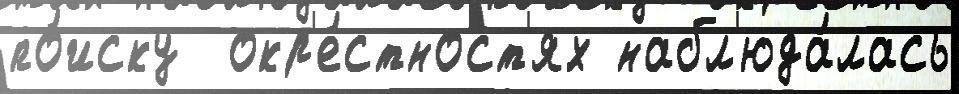
по́иску  окр'е́стност'ях набл'юда́лась